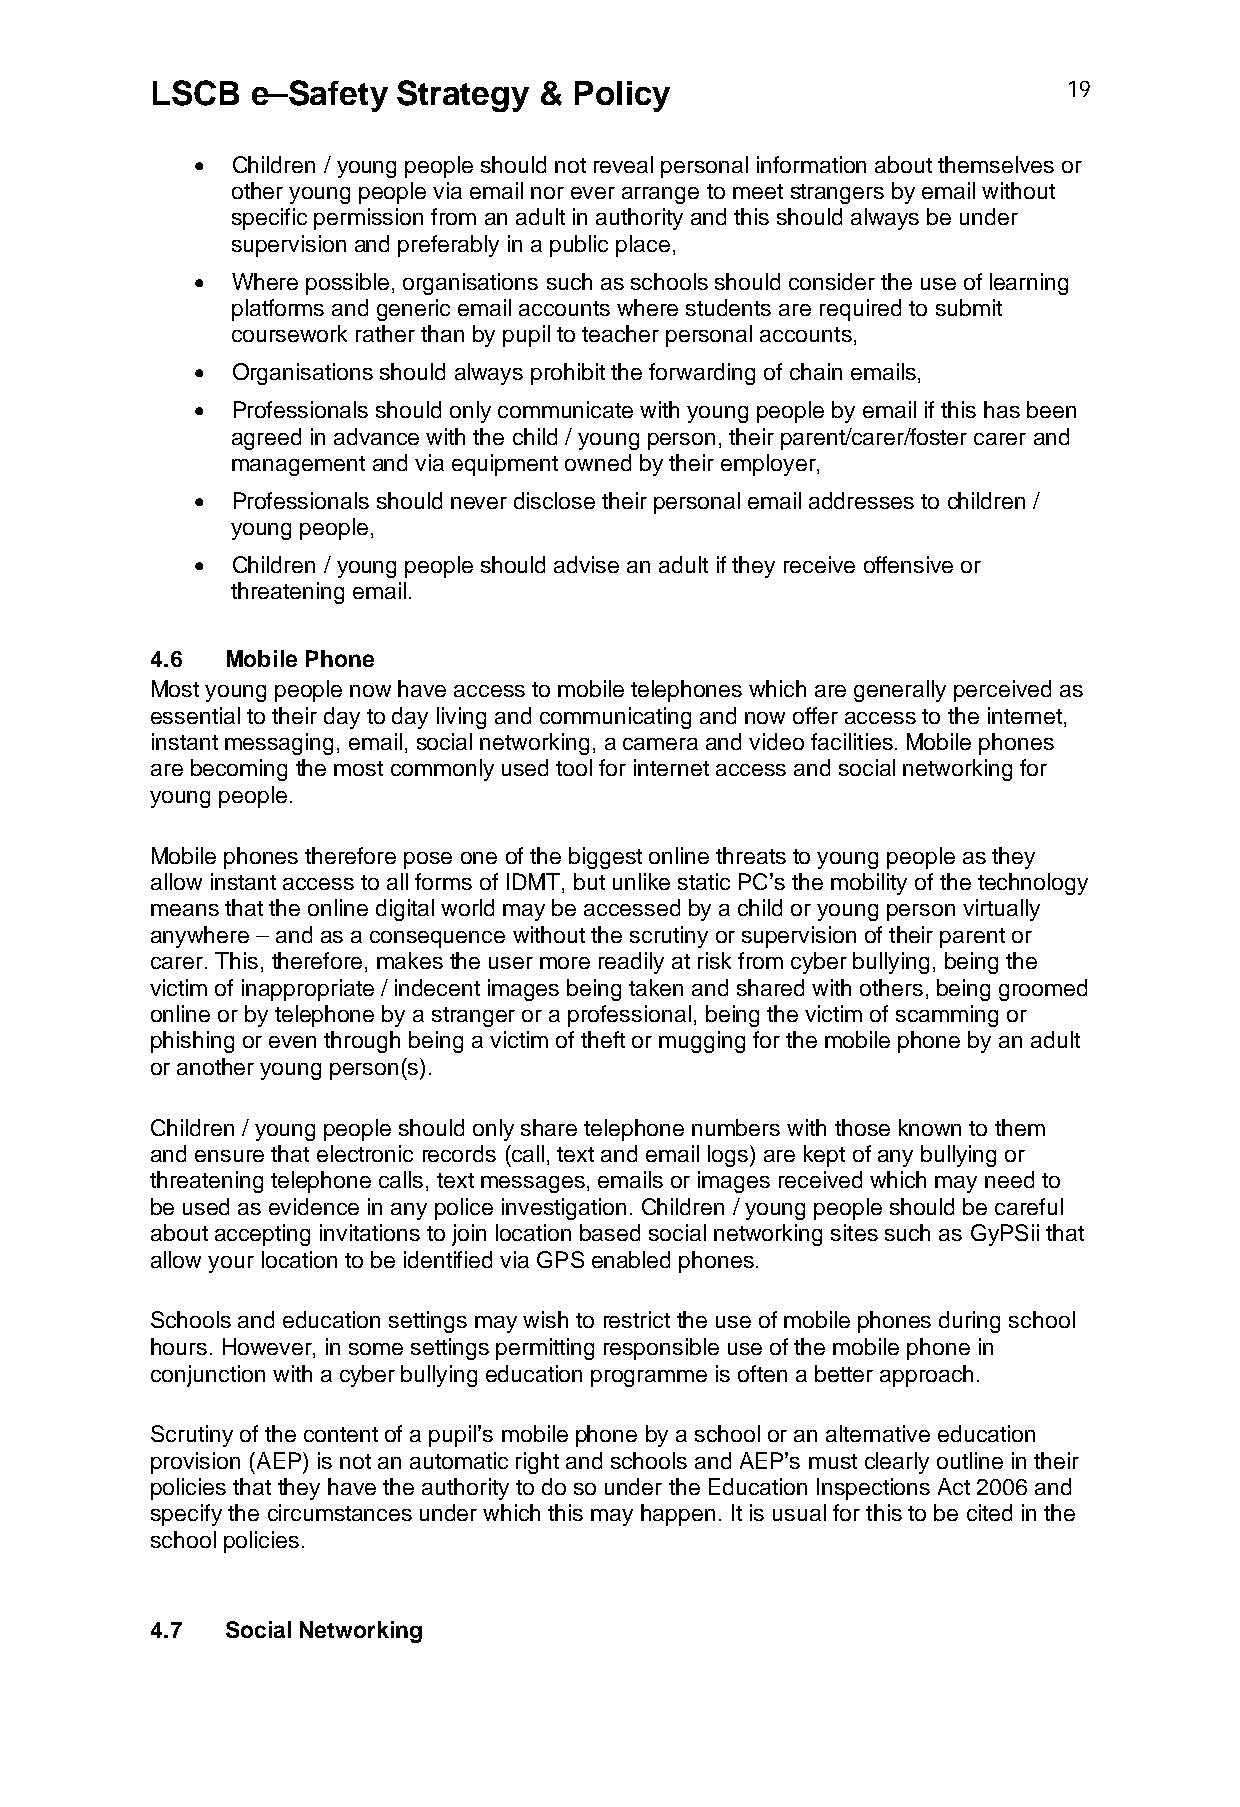
LSCB   e–Safety Strategy  & Policy                           19
  Children / young people should not reveal personal information about themselves or
 other young people via email nor ever arrange to meet strangers by email without
 specific permission from an adult in authority and this should always be under
 supervision and preferably in a public place,
  Where possible, organisations such as schools should consider the use of learning
 platforms and generic email accounts where students are required to submit
 coursework rather than by pupil to teacher personal accounts,
  Organisations should always prohibit the forwarding of chain emails,
  Professionals should only communicate with young people by email if this has been
 agreed in advance with the child / young person, their parent/carer/foster carer and
 management and via equipment owned by their employer,
  Professionals should never disclose their personal email addresses to children /
 young people,
  Children / young people should advise an adult if they receive offensive or
 threatening email.
 4.6  Mobile Phone
 Most young people now have access to mobile telephones which are generally perceived as
 essential to their day to day living and communicating and now offer access to the internet,
 instant messaging, email, social networking, a camera and video facilities. Mobile phones
 are becoming the most commonly used tool for internet access and social networking for
 young people.
 Mobile phones therefore pose one of the biggest online threats to young people as they
 allow instant access to all forms of IDMT, but unlike static PC’s the mobility of the technology
 means that the online digital world may be accessed by a child or young person virtually
 anywhere – and as a consequence without the scrutiny or supervision of their parent or
 carer. This, therefore, makes the user more readily at risk from cyber bullying, being the
 victim of inappropriate / indecent images being taken and shared with others, being groomed
 online or by telephone by a stranger or a professional, being the victim of scamming or
 phishing or even through being a victim of theft or mugging for the mobile phone by an adult
 or another young person(s).
 Children / young people should only share telephone numbers with those known to them
 and ensure that electronic records (call, text and email logs) are kept of any bullying or
 threatening telephone calls, text messages, emails or images received which may need to
 be used as evidence in any police investigation. Children / young people should be careful
 about accepting invitations to join location based social networking sites such as GyPSii that
 allow your location to be identified via GPS enabled phones.
 Schools and education settings may wish to restrict the use of mobile phones during school
 hours. However, in some settings permitting responsible use of the mobile phone in
 conjunction with a cyber bullying education programme is often a better approach.
 Scrutiny of the content of a pupil’s mobile phone by a school or an alternative education
 provision (AEP) is not an automatic right and schools and AEP’s must clearly outline in their
 policies that they have the authority to do so under the Education Inspections Act 2006 and
 specify the circumstances under which this may happen. It is usual for this to be cited in the
 school policies.
 4.7  Social Networking